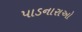
પાડનારાઓ